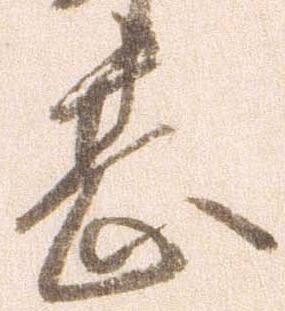
甚